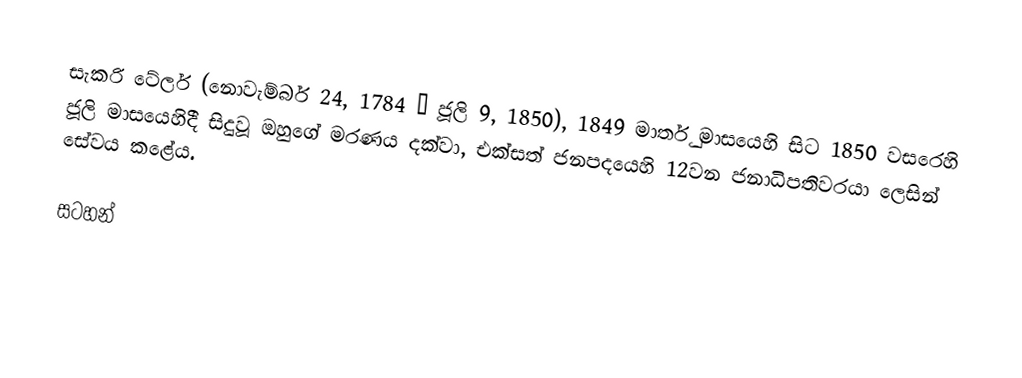
සැකරි ටේලර් (නොවැම්බර් 24, 1784 – ජූලි 9, 1850), 1849 මාර්තු මාසයෙහි සිට  1850 වසරෙහි ජූලි මාසයෙහිදී සිදුවූ ඔහුගේ මරණය දක්වා,   එක්සත් ජනපදයෙහි 12වන ජනාධිපතිවරයා ලෙසින් සේවය කළේය.

සටහන්